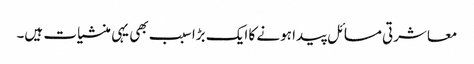
معاشرتی مسائل پیدا ہونے کا ایک بڑا سبب بھی یہی منشیات ہیں۔